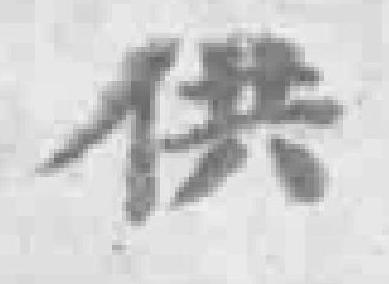
供